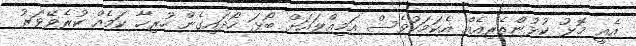
އެއީ މޮޅު ކުޅުންތެރިއެއް އެކަމަކުވެސް އަމިއްލައަށް ބޯޅަ ހޯދައިގެން ހުރިހާ ކަމެއް ކުރެވޭވަރު